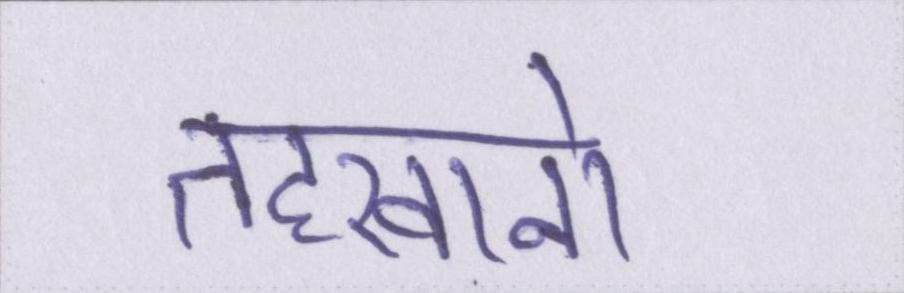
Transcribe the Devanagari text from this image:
तहखानो